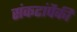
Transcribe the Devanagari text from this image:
संकटांपैकी